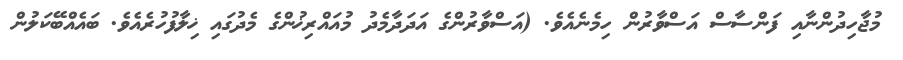
މުޖާހިދުންނާއި ފަންސާސް އަސްވާރުން ހިމެނެއެވެ. (އަސްވާރުންގެ އަދަދާމެދު މުއައްރިޚުންގެ މެދުގައި ޚިލާފުހުރެއެވެ. ބައެއްބޭކަލުން